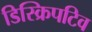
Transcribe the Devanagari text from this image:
डिस्क्रिपटिव